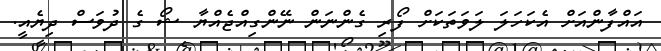
އައްފާންއަށް އެކަހަލަ ލަވަތަކަށް ފޯރި ގެންނަން ނޭންގިއްޖެއްޔާ ޝޯ ގެ ދުވަސް ދިޔެއީ.